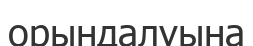
орындалуына